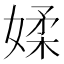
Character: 媃